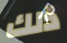
ذلك